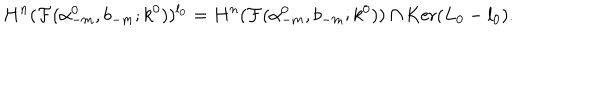
LaTeX: H ^ { n } ( { \cal F } ( \alpha _ { - m } ^ { 0 } , b _ { - m } ; k ^ { 0 } ) ) ^ { l _ { 0 } } = H ^ { n } ( { \cal F } ( \alpha _ { - m } ^ { 0 } , b _ { - m } ; k ^ { 0 } ) ) \cap \mathrm { K e r } ( L _ { 0 } - l _ { 0 } ) .